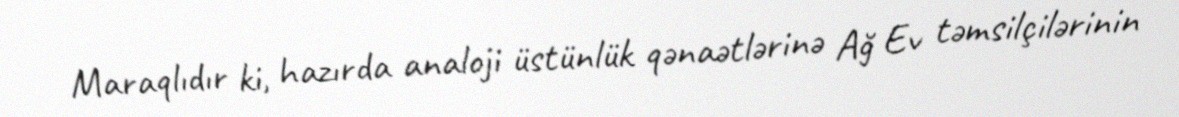
Maraqlıdır ki, hazırda analoji üstünlük qənaətlərinə Ağ Ev təmsilçilərinin